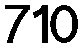
710